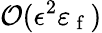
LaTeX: \mathcal{O}(\epsilon^{2}\varepsilon_{\mathrm{~f~}})